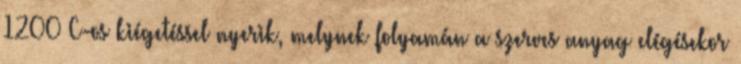
1200°C-os kiégetéssel nyerik, melynek folyamán a szerves anyag elégé­sekor